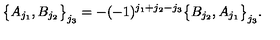
\big \{ A _ { j _ { 1 } } , B _ { j _ { 2 } } \big \} _ { j _ { 3 } } = - ( - 1 ) ^ { j _ { 1 } + j _ { 2 } - j _ { 3 } } \big \{ B _ { j _ { 2 } } , A _ { j _ { 1 } } \big \} _ { j _ { 3 } } .